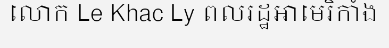
លោក Le Khac Ly ពលរដ្ឋអាមេរិកាំង